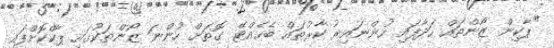
"ޕާކިން ޒޯންތައް ހަދާފައި ހުންނައިރު ކާރުތައް ބެހެއްޓޭ ގޮތަށް ހުންނަ ޒޯންތަކުގައި ޕާކްކޮށްފައި